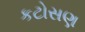
કટોસણ